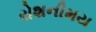
રોશનીમય